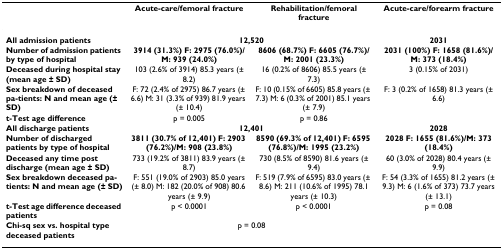
<table><thead><tr><td></td><td><b>Acute-care/femoral fracture</b></td><td><b>Rehabilitation/femoral fracture</b></td><td><b>Acute-care/forearm fracture</b></td></tr></thead><tbody><tr><td><b>All admission patients</b></td><td colspan="2"><b>12,520</b></td><td><b>2031</b></td></tr><tr><td><b>Number of admission patients by type of hospital</b></td><td><b>3914 (31.3%) F: 2975 (76.0%)/M: 939 (24.0%)</b></td><td><b>8606 (68.7%) F: 6605 (76.7%)/M: 2001 (23.3%)</b></td><td><b>2031 (100%) F: 1658 (81.6%)/M: 373 (18.4%)</b></td></tr><tr><td><b>Deceased during hospital stay (mean age ± SD)</b></td><td>103 (2.6% of 3914) 85.3 years (± 8.2)</td><td>16 (0.2% of 8606) 85.5 years (± 7.3)</td><td>3 (0.15% of 2031)</td></tr><tr><td><b>Sex breakdown of deceased pa-tients: N and mean age (± SD)</b></td><td>F: 72 (2.4% of 2975) 86.7 years (± 6.6) M: 31 (3.3% of 939) 81.9 years (± 10.4)</td><td>F: 10 (0.15% of 6605) 85.8 years (± 7.3) M: 6 (0.3% of 2001) 85.1 years (± 7.9)</td><td>F: 3 (0.2% of 1658) 81.3 years (± 6.6)</td></tr><tr><td><b>t-Test age difference</b></td><td>p = 0.005</td><td>p = 0.86</td><td></td></tr><tr><td><b>All discharge patients</b></td><td colspan="2"><b>12,401</b></td><td><b>2028</b></td></tr><tr><td><b>Number of discharged patients by type of hospital</b></td><td><b>3811 (30.7% of 12,401) F: 2903 (76.2%)/M: 908 (23.8%)</b></td><td><b>8590 (69.3% of 12,401) F: 6595 (76.8%)/M: 1995 (23.2%)</b></td><td><b>2028 F: 1655 (81.6%)/M: 373 (18.4%)</b></td></tr><tr><td><b>Deceased any time post discharge (mean age ± SD)</b></td><td>733 (19.2% of 3811) 83.9 years (± 8.7)</td><td>730 (8.5% of 8590) 81.6 years (± 9.4)</td><td>60 (3.0% of 2028) 80.4 years (± 9.9)</td></tr><tr><td><b>Sex breakdown deceased pa-tients: N and mean age (± SD)</b></td><td>F: 551 (19.0% of 2903) 85.0 years (± 8.0) M: 182 (20.0% of 908) 80.6 years (± 9.9)</td><td>F: 519 (7.9% of 6595) 83.0 years (± 8.6) M: 211 (10.6% of 1995) 78.1 years (± 10.3)</td><td>F: 54 (3.3% of 1655) 81.2 years (± 9.3) M: 6 (1.6% of 373) 73.7 years (± 13.1)</td></tr><tr><td><b>t-Test age difference deceased patients</b></td><td>p &lt; 0.0001</td><td>p &lt; 0.0001</td><td>p = 0.08</td></tr><tr><td><b>Chi-sq sex vs. hospital type deceased patients</b></td><td colspan="2">p = 0.08</td><td></td></tr></tbody></table>